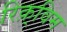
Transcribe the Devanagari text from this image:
रिक़्विम